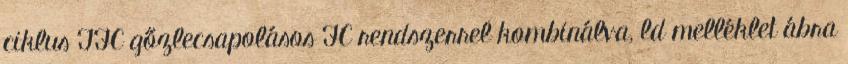
ciklus TFC gőzlecsapolásos FC rendszerrel kombinálva, ld melléklet ábra